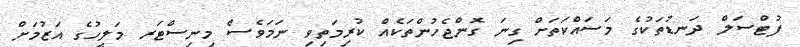
ފުޓްސަލް ދަނޑުތަކުގެ މަސައްކަތަށް ގިނަ ގޮންޖެހުންތަކެއް ކުރިމަތިވި ނަމަވެސް މިނިސްޓަރ މަލީހުގެ އަޒުމަށް